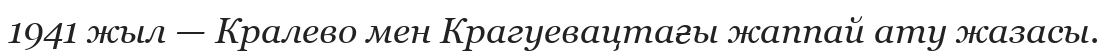
1941 жыл — Кралево мен Крагуевацтағы жаппай ату жазасы.